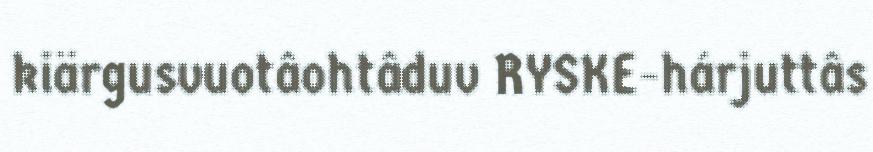
kiärgusvuotâohtâduv RYSKE-hárjuttâs